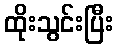
ထိုးသွင်းပြီး